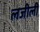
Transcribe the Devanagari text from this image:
लजीली